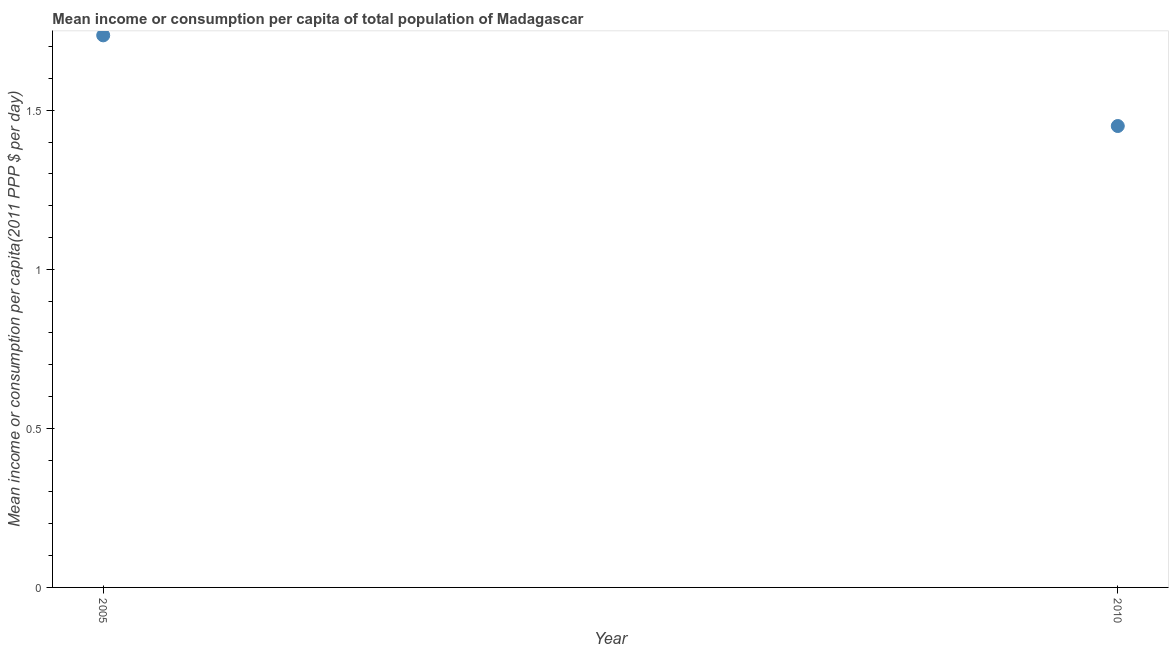
| Year | Total population |
 | --- | --- |
 | 2005 | 1.74 |
 | 2010 | 1.45 |